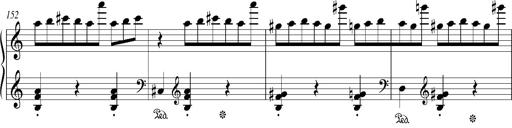
Title: Bagatelle sans tonalitÃ©
Composer: Franz Liszt